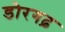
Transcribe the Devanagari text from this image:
डोरगढ़